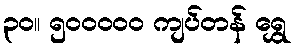
၃၀။ ၅၀၀၀၀၀ ကျပ်တန် ရွှေ